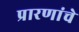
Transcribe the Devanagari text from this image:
प्रारणांचे